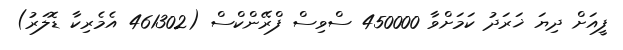
ފީއަށް ދިޔަ ޚަރަދު ކަމަށްވާ 450000 ސްވިސް ފްރޭންކްސް (461302 އެމެރިކާ ޑޮލަރު)